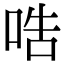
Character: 哠